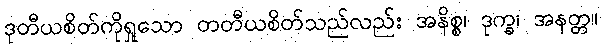
ဒုတီယစိတ်ကိုရှုသော တတီယစိတ်သည်လည်း အနိစ္စ၊ ဒုက္ခ၊ အနတ္တ။